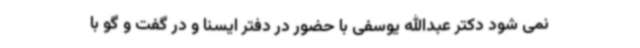
نمی شود دکتر عبدالله یوسفی با حضور در دفتر ایسنا و در گفت و گو با